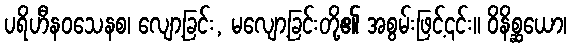
ပရိဟီနဝသေနစ၊ လျော့ခြင်း, မလျော့ခြင်းတို့၏ အစွမ်းဖြင့်၎င်း။ ဝိနိစ္ဆယော၊